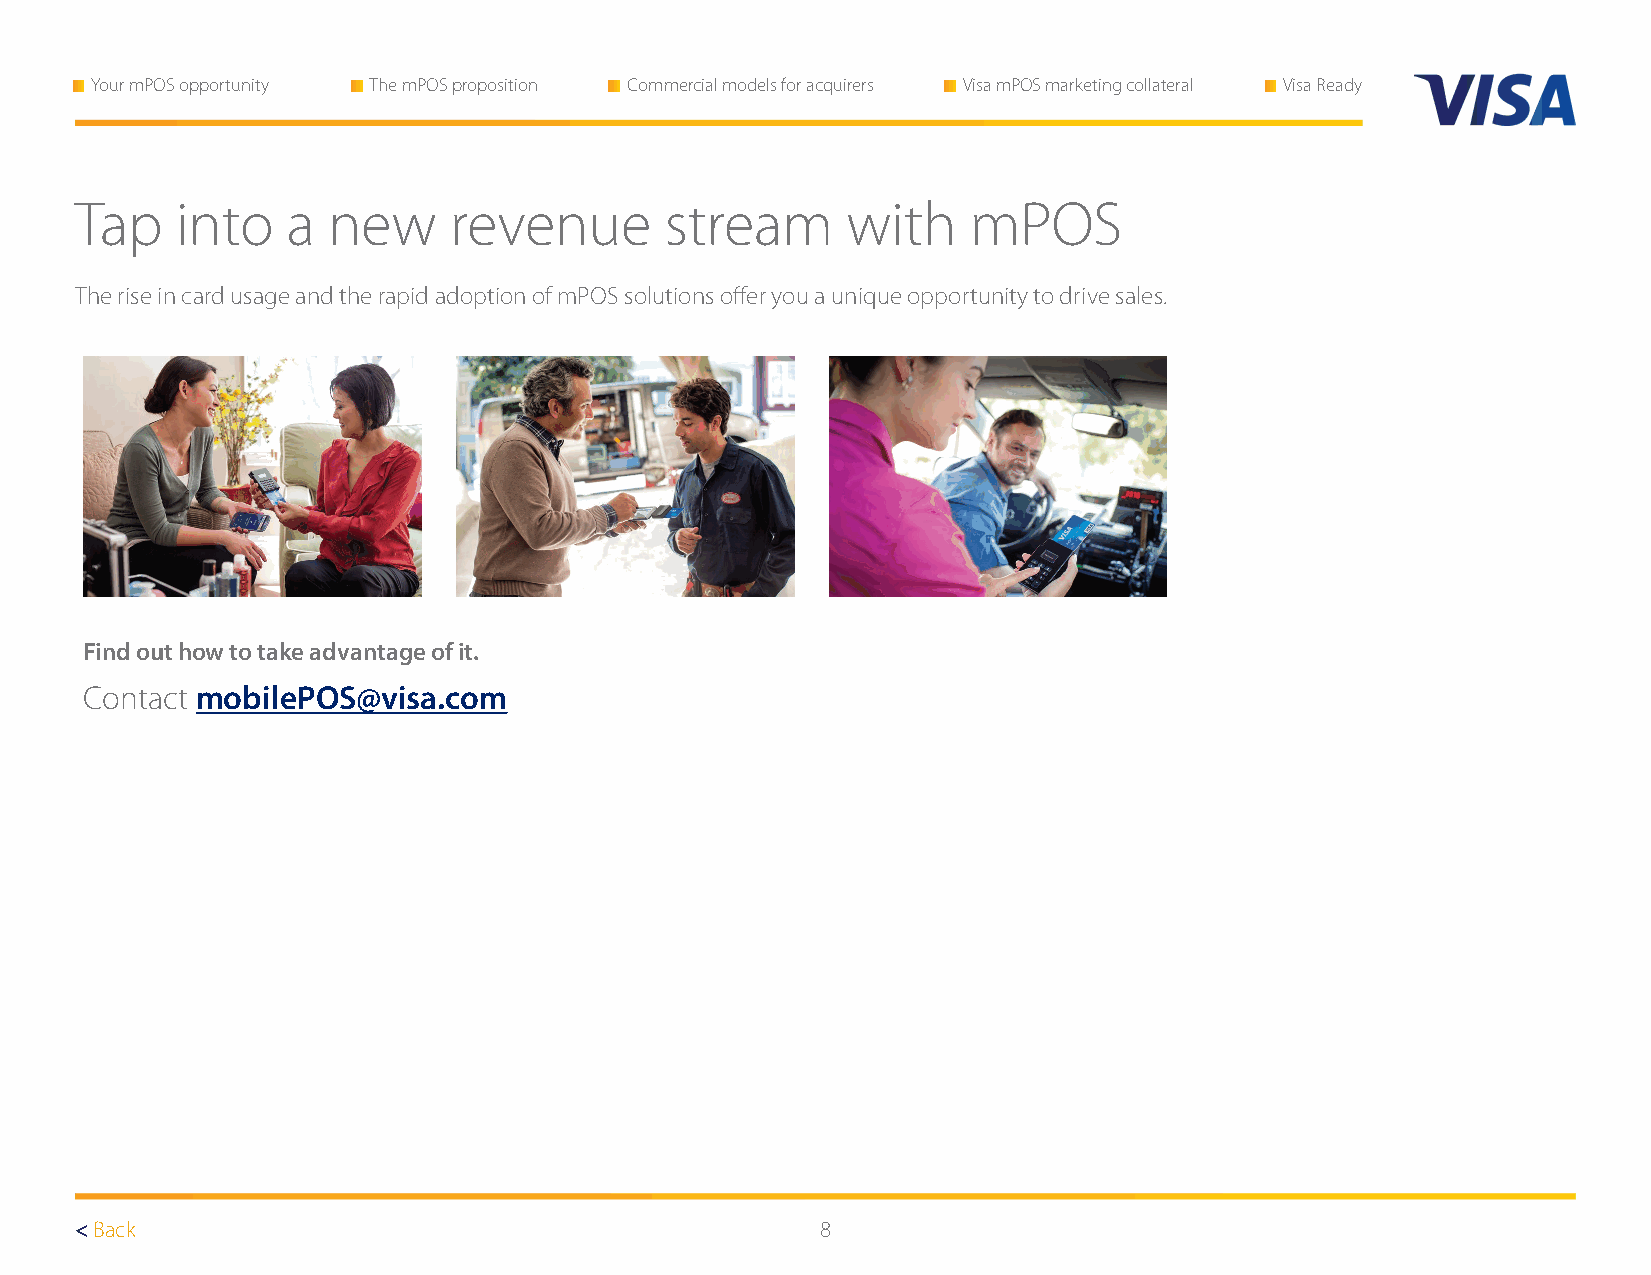
Your mPOS opportunity The mPOS proposition Commercial models for acquirers Visa mPOS marketing collateral Visa Ready
 Tap    into   a  new     revenue       stream      with    mPOS
 The rise in card usage and the rapid adoption of mPOS solutions offer you a unique opportunity to drive sales.
 Find out how to take advantage of it.
 Contact mobilePOS@visa.com
 < Back                                           8                                             Next >